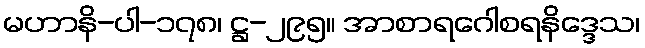
မဟာနိ-ပါ-၁၇၈၊ ဋ္ဌ-၂၉၅။ အာစာရဂေါစရနိဒ္ဒေသ၊